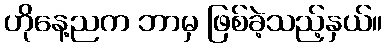
ဟိုနေ့ညက ဘာမှ ဖြစ်ခဲ့သည့်နှယ်။